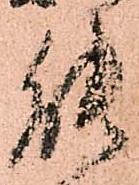
能